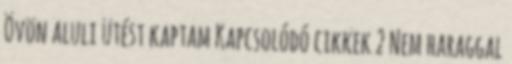
Övön aluli ütést kaptam Kapcsolódó cikkek 2 Nem haraggal